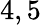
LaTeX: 4,5